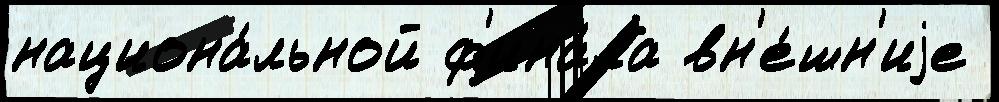
национа́льной ф'ина́ла вн'е́шн'иjе